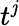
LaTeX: t^{\mathit{j}}